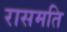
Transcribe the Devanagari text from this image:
रासमति